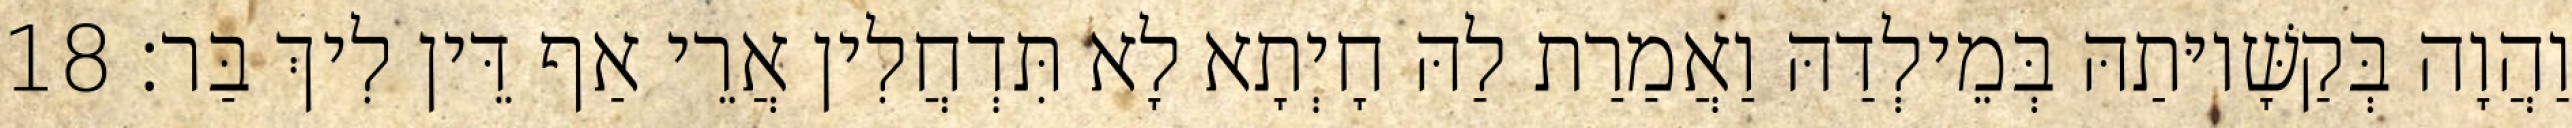
וַהֲוָה בְּקַשָּׁיוּתַהּ בְּמֵילְדַהּ וַאֲמַרַת לַהּ חָיְתָא לָא תִּדְחֲלִין אֲרֵי אַף דֵּין לִיךְ בַּר׃ 18